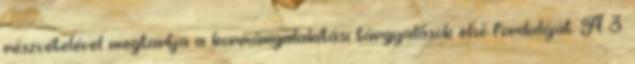
részvételével megtartja a kormányalakítási tárgyalások elsõ fordulóját. A 3.